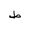
Letter: _da